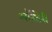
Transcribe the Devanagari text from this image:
ऑस्टेरी